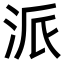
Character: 派